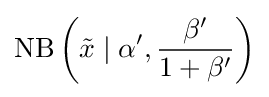
\operatorname {NB} \left({\tilde {x}}\mid \alpha ',{\frac {\beta '}{1+\beta '}}\right)